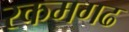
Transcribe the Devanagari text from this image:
रकमगढ